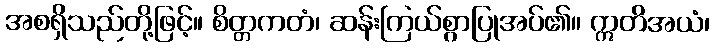
အစရှိသည်တို့ဖြင့်။ စိတ္တကတံ၊ ဆန်းကြယ်စွာပြုအပ်၏။ ဣတိအယံ၊